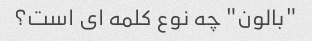
"بالون" چه نوع کلمه ای است؟